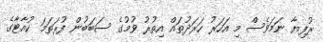
ރުފިޔާ ނަމަވެސް މި އަހަރު ހަރަދުތައް އިތުރު ވުމުގެ ސަބަބުން ފުރަތަމަ ކުއާޓާގެ